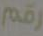
رقم